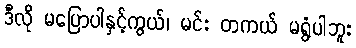
ဒီလို မပြောပါနှင့်ကွယ်၊ မင်း တကယ် မရွံပါဘူး